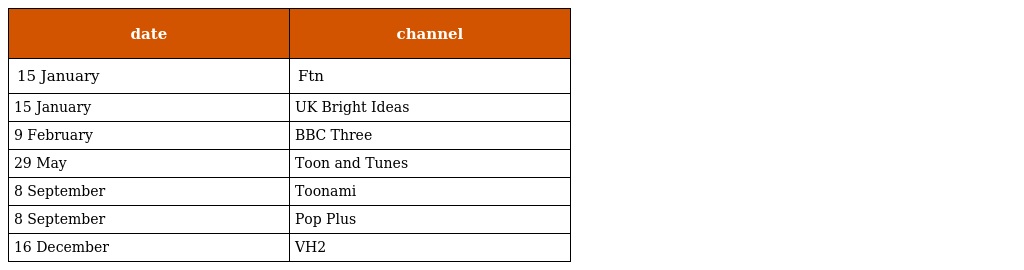
| date | channel |
 | --- | --- |
 | 15 January | Ftn |
 | 15 January | UK Bright Ideas |
 | 9 February | BBC Three |
 | 29 May | Toon and Tunes |
 | 8 September | Toonami |
 | 8 September | Pop Plus |
 | 16 December | VH2 |